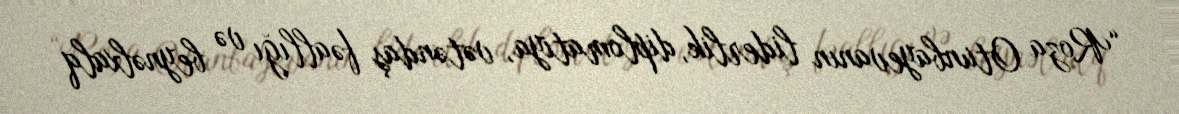
“Roza Otunbayevanın liderlik, diplomatiya, vətəndaş fəallığı və beynəlxalq